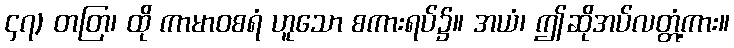
၄၇) တတြ၊ ထို ကာမာဝစရံ ဟူသော စကားရပ်၌။ အယံ၊ ဤဆိုအပ်လတ္တံ့ကား။